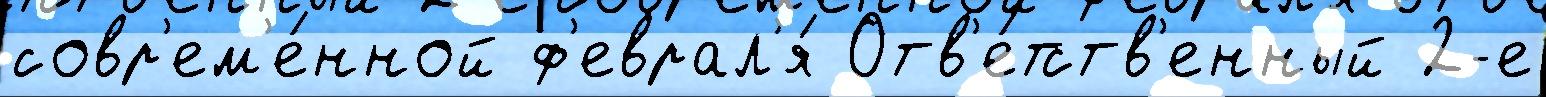
совр'ем'е́нной ф'еврал'я́ Отв'е́тств'енный 2-е